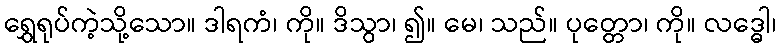
ရွှေရုပ်ကဲ့သို့သော။ ဒါရကံ၊ ကို။ ဒိသွာ၊ ၍။ မေ၊ သည်။ ပုတ္တော၊ ကို။ လဒ္ဓေါ၊